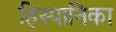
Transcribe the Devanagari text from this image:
हिस्पानिका